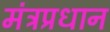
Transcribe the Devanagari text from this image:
मंत्रप्रधान